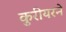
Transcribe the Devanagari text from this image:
कुरीयरने